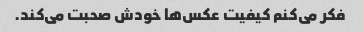
فکر می‌کنم کیفیت عکس‌ها خودش صحبت می‌کند.